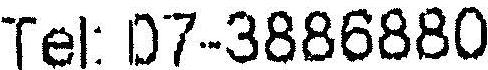
TEL: 07-3886880